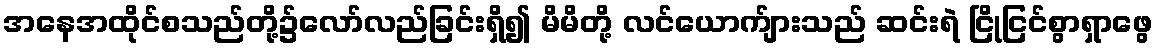
အနေအထိုင်စသည်တို့၌လော်လည်ခြင်းရှိ၍ မိမိတို့ လင်ယောက်ျားသည် ဆင်းရဲ ငြိုငြင်စွာရှာဖွေ